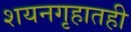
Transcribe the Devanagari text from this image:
शयनगृहातही